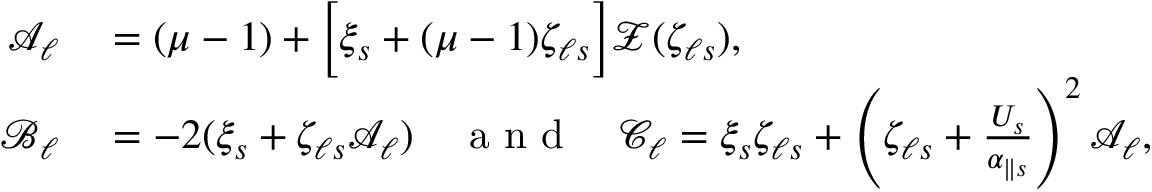
\begin{array} { r l } { \mathcal { A } _ { \ell } } & { { } = ( \mu - 1 ) + \Big [ \xi _ { s } + ( \mu - 1 ) \zeta _ { \ell s } \Big ] \mathcal { Z } ( \zeta _ { \ell s } ) , } \\ { \mathcal { B } _ { \ell } } & { { } = - 2 ( \xi _ { s } + \zeta _ { \ell s } \mathcal { A } _ { \ell } ) \quad \textnormal { a n d } \quad \mathcal { C } _ { \ell } = \xi _ { s } \zeta _ { \ell s } + \left( \zeta _ { \ell s } + \frac { U _ { s } } { \alpha _ { \parallel s } } \right) ^ { 2 } \mathcal { A } _ { \ell } , } \end{array}